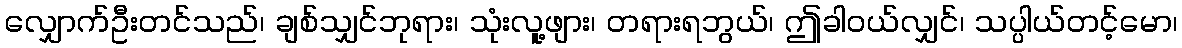
လျှောက်ဦးတင်သည်၊ ချစ်သျှင်ဘုရား၊ သုံးလူ့ဖျား၊ တရားရဘွယ်၊ ဤခါဝယ်လျှင်၊ သပ္ပါယ်တင့်မော၊